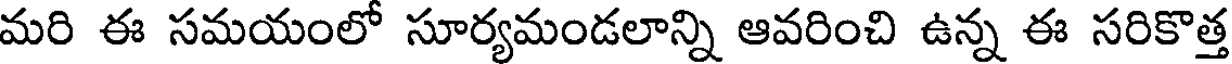
మరి ఈ సమయంలో సూర్యమండలాన్ని ఆవరించి ఉన్న ఈ సరికొత్త